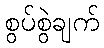
စွပ်စွဲချက်